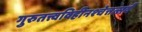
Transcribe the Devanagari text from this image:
गुरुतत्त्वविहीनश्चेत्तत्सर्वं